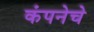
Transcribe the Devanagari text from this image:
कंपनेचे